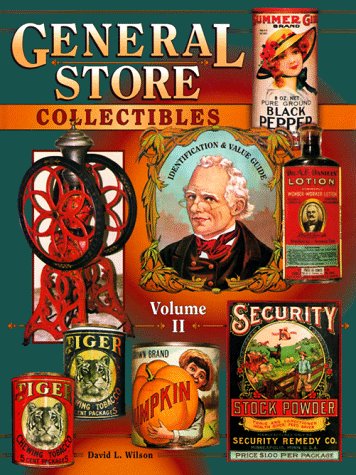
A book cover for General Store Collectibles, Vol. 2: Identification & Value Guide; David L. Wilson; Humor & Entertainment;